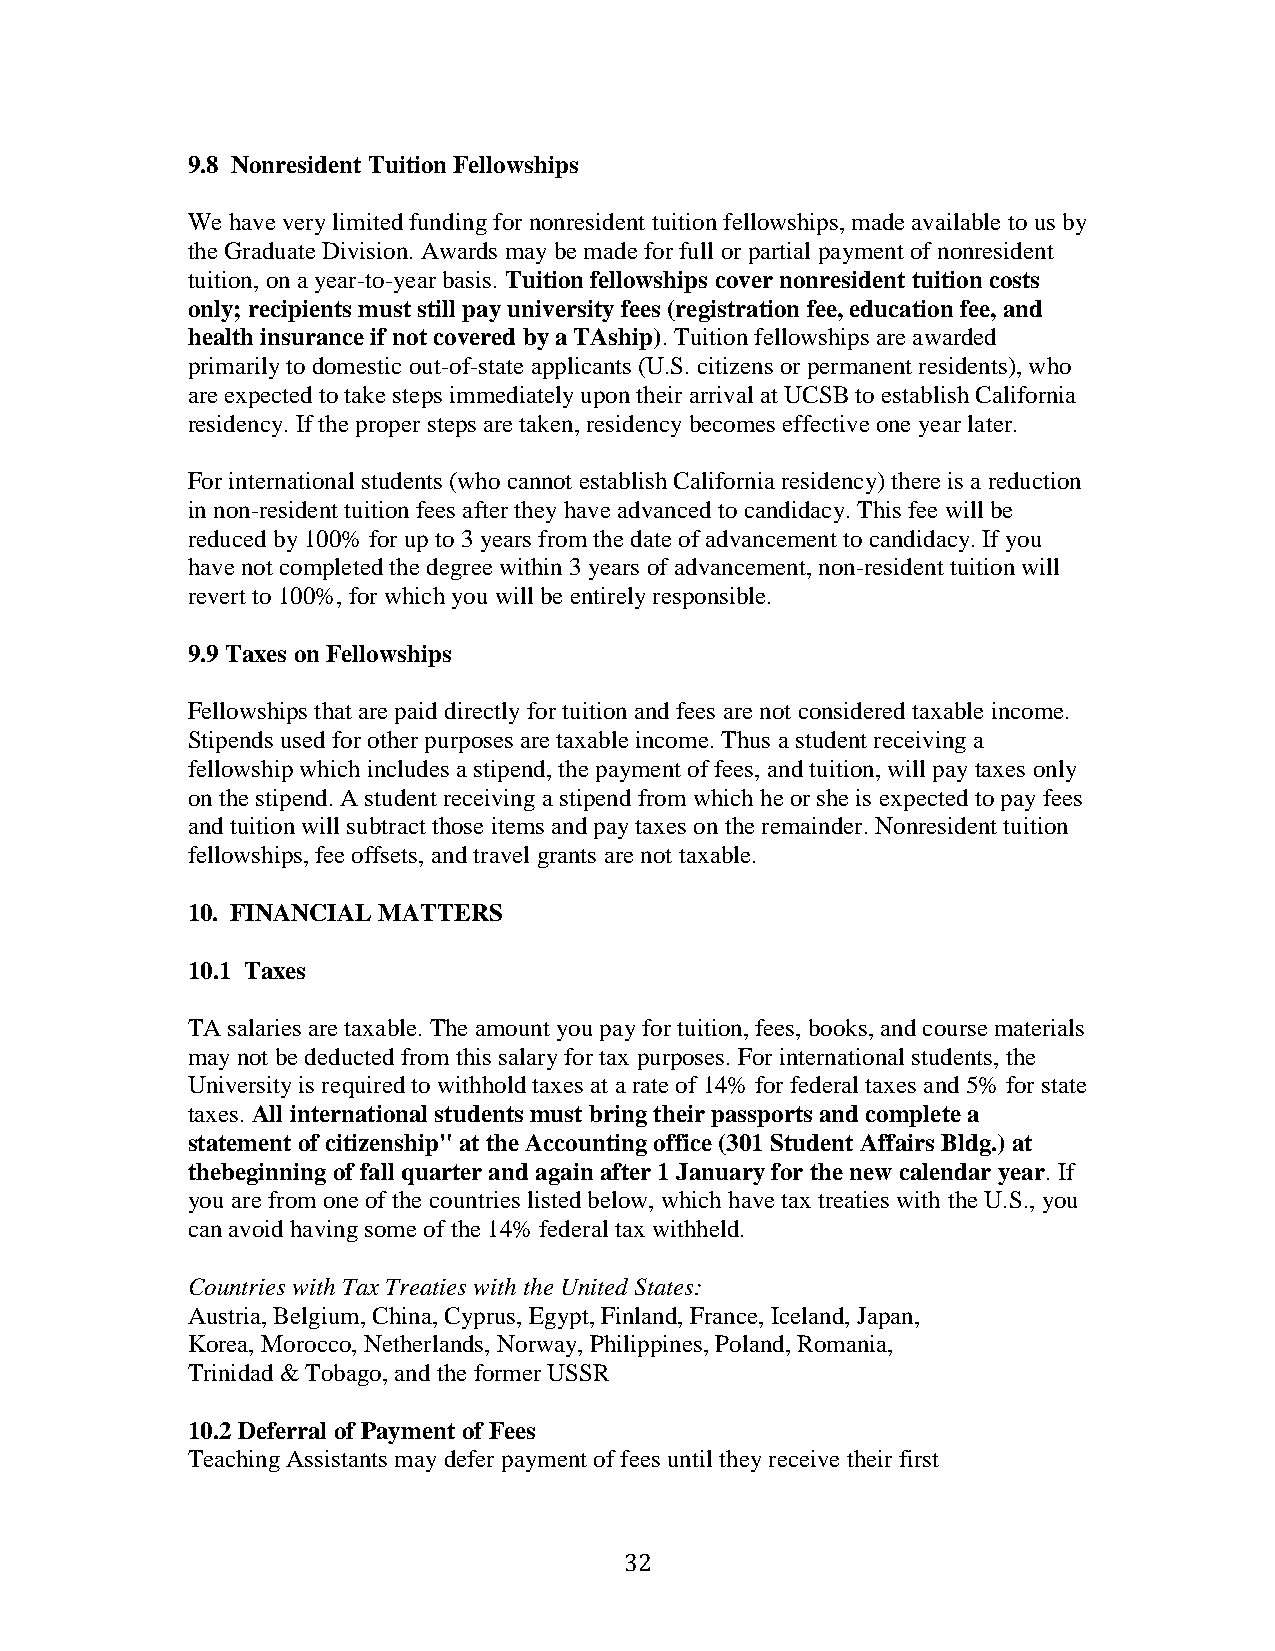
9.8 Nonresident Tuition Fellowships
 We have very limited funding for nonresident tuition fellowships, made available to us by
 the Graduate Division. Awards may be made for full or partial payment of nonresident
 tuition, on a year-to-year basis. Tuition fellowships cover nonresident tuition costs
 only; recipients must still pay university fees (registration fee, education fee, and
 health insurance if not covered by a TAship). Tuition fellowships are awarded
 primarily to domestic out-of-state applicants (U.S. citizens or permanent residents), who
 are expected to take steps immediately upon their arrival at UCSB to establish California
 residency. If the proper steps are taken, residency becomes effective one year later.
 For international students (who cannot establish California residency) there is a reduction
 in non-resident tuition fees after they have advanced to candidacy. This fee will be
 reduced by 100% for up to 3 years from the date of advancement to candidacy. If you
 have not completed the degree within 3 years of advancement, non-resident tuition will
 revert to 100%, for which you will be entirely responsible.
 9.9 Taxes on Fellowships
 Fellowships that are paid directly for tuition and fees are not considered taxable income.
 Stipends used for other purposes are taxable income. Thus a student receiving a
 fellowship which includes a stipend, the payment of fees, and tuition, will pay taxes only
 on the stipend. A student receiving a stipend from which he or she is expected to pay fees
 and tuition will subtract those items and pay taxes on the remainder. Nonresident tuition
 fellowships, fee offsets, and travel grants are not taxable.
 10. FINANCIAL MATTERS
 10.1 Taxes
 TA salaries are taxable. The amount you pay for tuition, fees, books, and course materials
 may not be deducted from this salary for tax purposes. For international students, the
 University is required to withhold taxes at a rate of 14% for federal taxes and 5% for state
 taxes. All international students must bring their passports and complete a
 statement of citizenship" at the Accounting office (301 Student Affairs Bldg.) at
 thebeginning of fall quarter and again after 1 January for the new calendar year. If
 you are from one of the countries listed below, which have tax treaties with the U.S., you
 can avoid having some of the 14% federal tax withheld.
 Countries with Tax Treaties with the United States:
 Austria, Belgium, China, Cyprus, Egypt, Finland, France, Iceland, Japan,
 Korea, Morocco, Netherlands, Norway, Philippines, Poland, Romania,
 Trinidad & Tobago, and the former USSR
 10.2 Deferral of Payment of Fees
 Teaching Assistants may defer payment of fees until they receive their first
 32